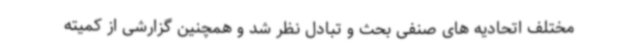
مختلف اتحادیه های صنفی بحث و تبادل نظر شد و همچنین گزارشی از کمیته